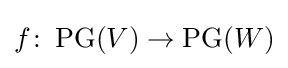
f\colon \operatorname {PG} (V)\to \operatorname {PG} (W)